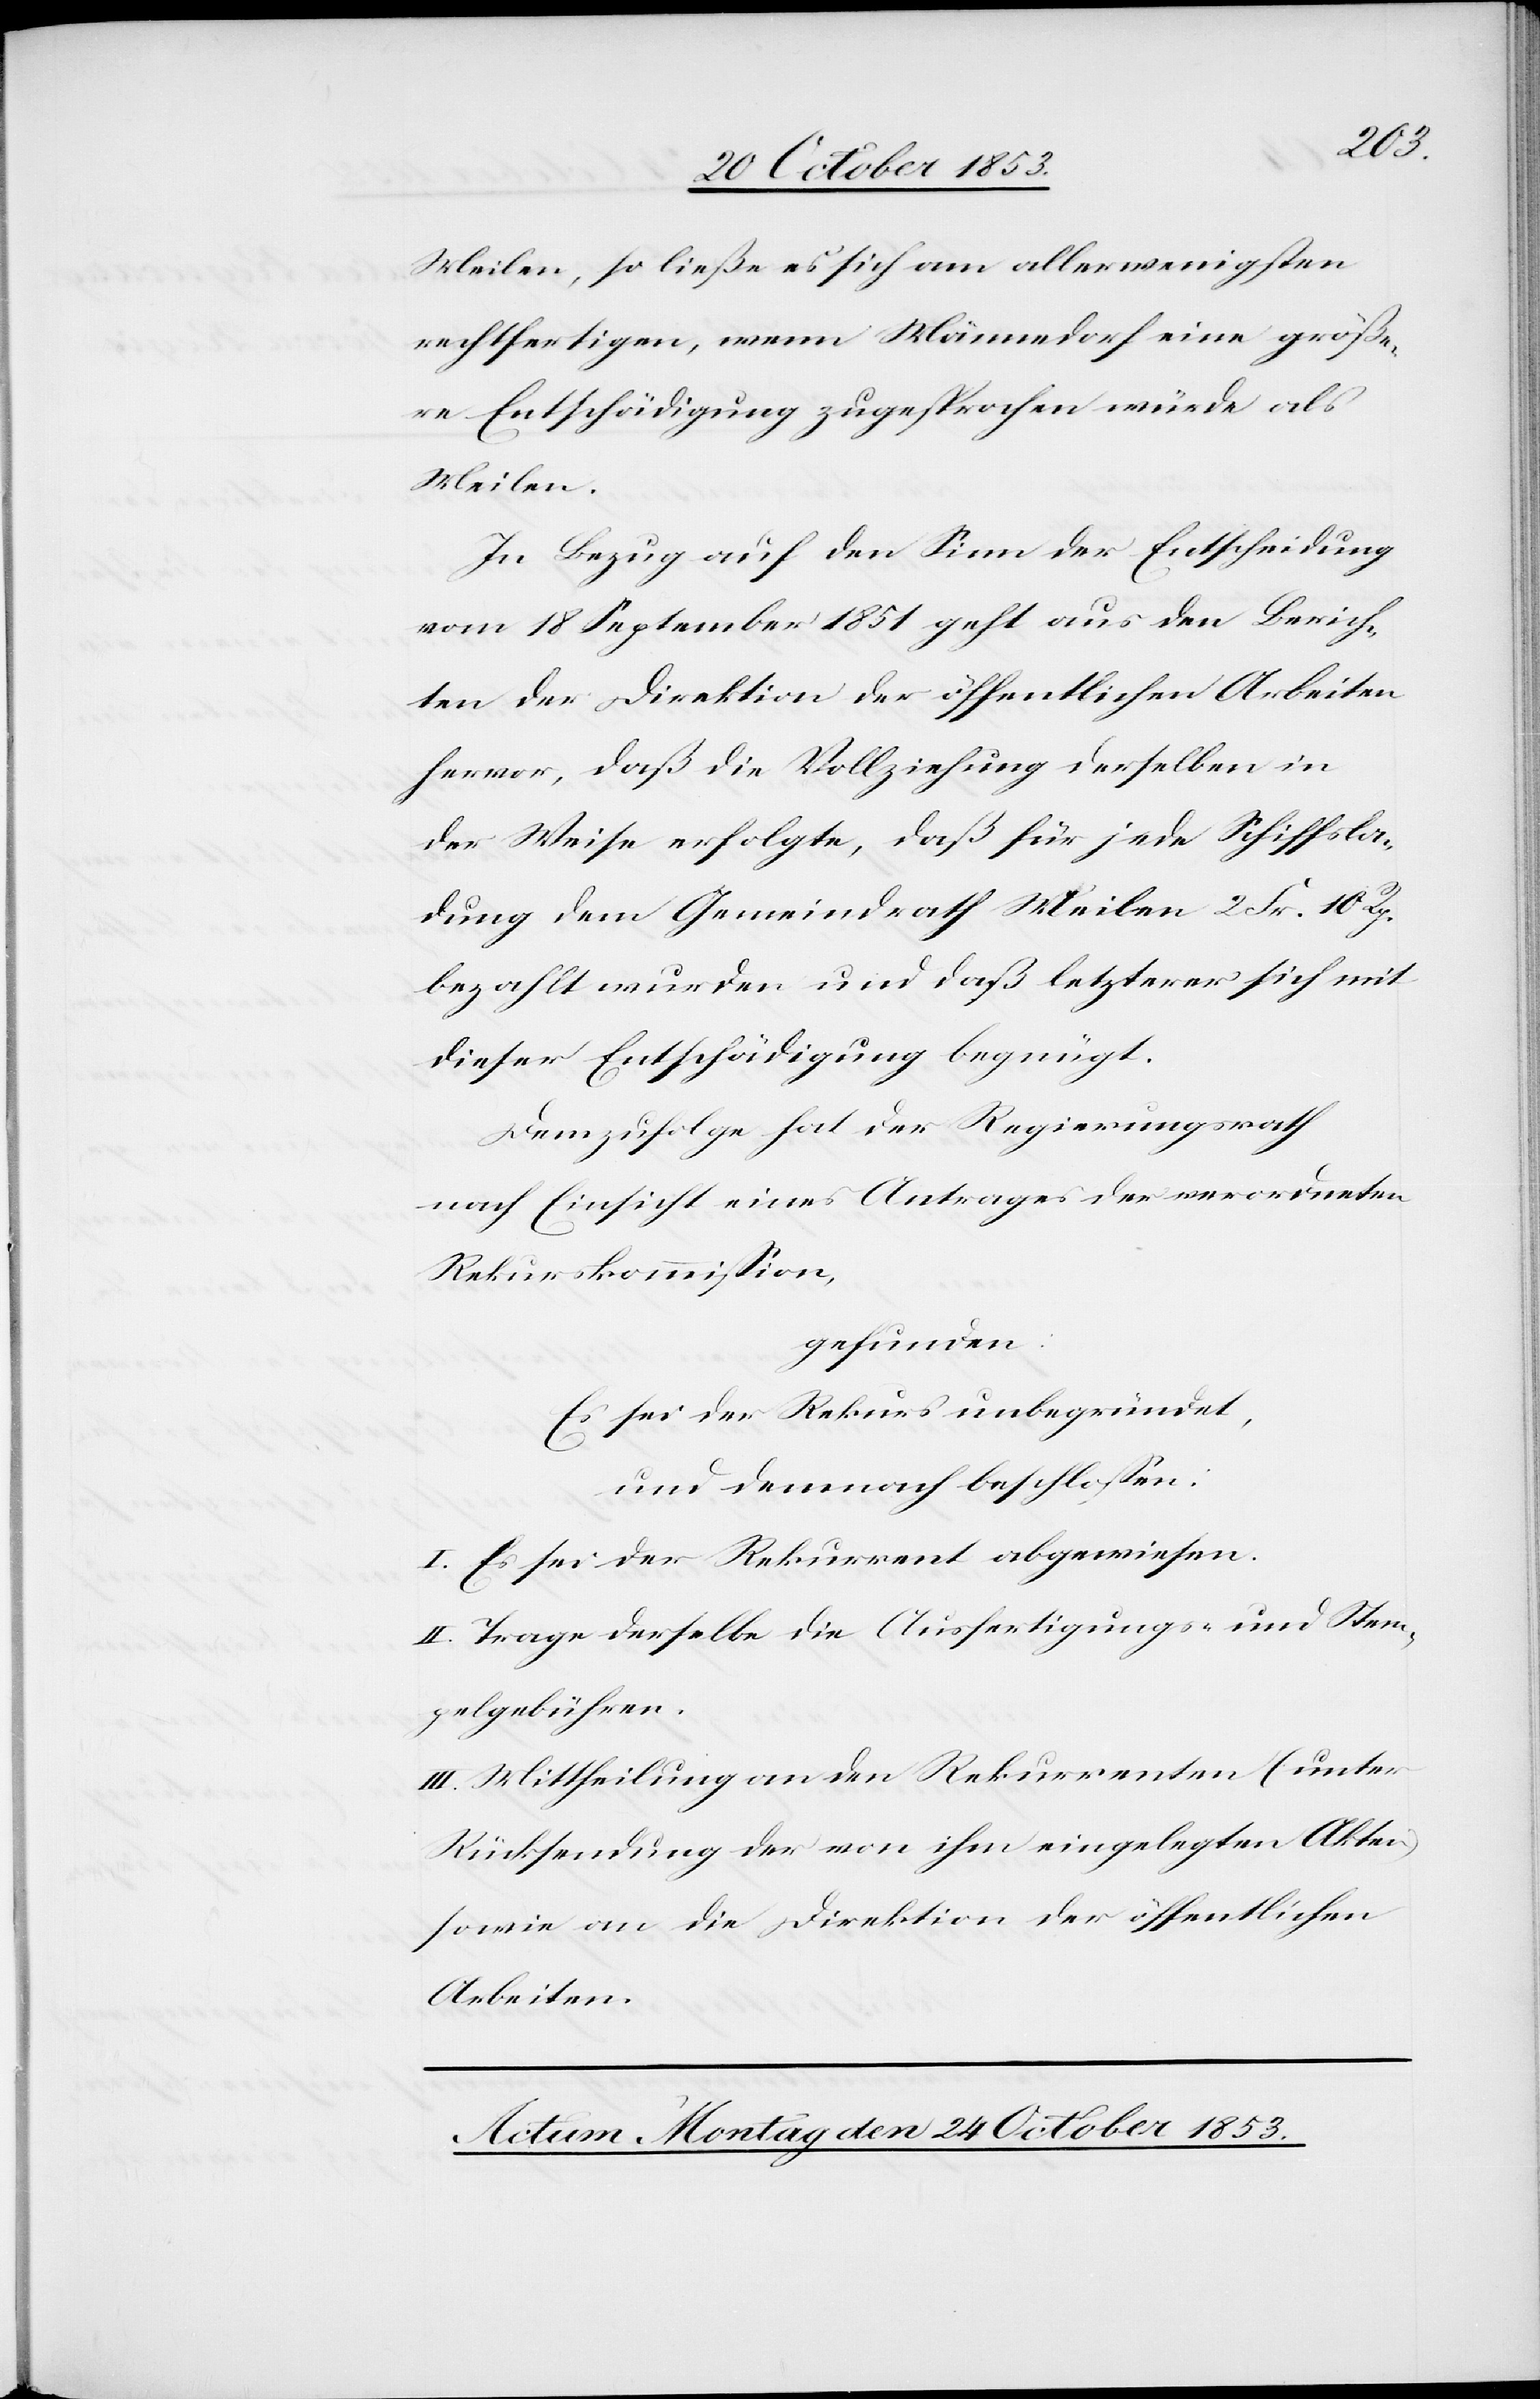
Meilen, so ließe es sich am allerwenigsten
rechtfertigen, wenn Männedorf eine größe¬
re Entschädigung zugesprochen würde als
Meilen.
In Bezug auf den Sinn der Entscheidung
vom 18 September 1851 geht aus den Berich¬
ten der Direktion der öffentlichen Arbeiten
hervor, daß die Vollziehung derselben in
der Weise erfolgte, daß für jede Schiffla¬
dung dem Gemeindrath Meilen 2 Fr. 10 Rp.
bezahlt wurden und daß letzterer sich mit
dieser Entschädigung begnügt.
Demzufolge hat der Regierungsrath
nach Einsicht eines Antrages der verordneten
Rekurskommißion,
gefunden:
Es sei der Rekurs unbegründet,
und demnach beschloßen:
I. Es sei der Rekurrent abgewiesen.
II. Trage derselbe die Ausfertigungs- u. Stem¬
pelgebühren.
III. Mittheilung an die Rekurrenten (unter
Rücksendung der von ihm eingelegten Akten)
sowie an die Direktion der öffentlichen
Arbeiten.